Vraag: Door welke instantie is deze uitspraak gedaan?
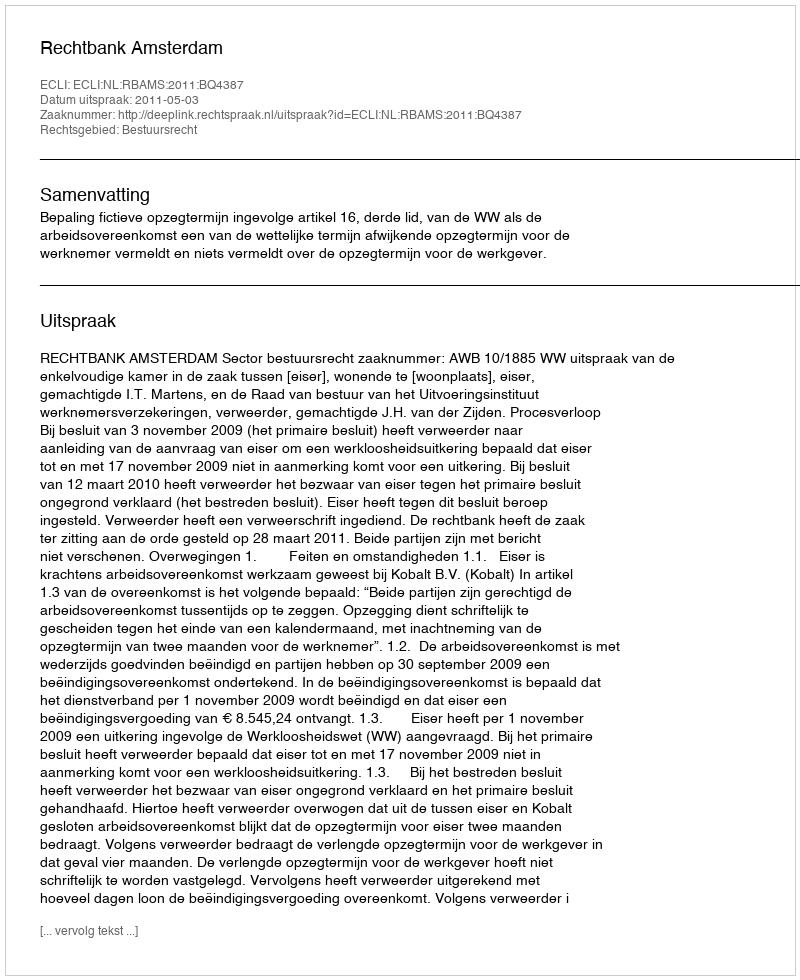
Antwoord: Rechtbank Amsterdam